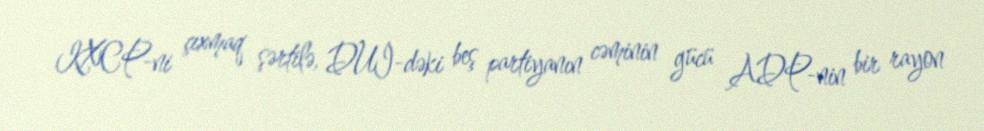
KXCP-ni çıxmaq şərtilə, DUİ-dəki beş partiyanın cəminin gücü ADP-nin bir rayon